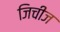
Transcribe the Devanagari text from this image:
जिचीज